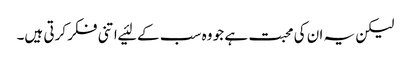
لیکن یہ ان کی محبت ہے جو وہ سب کے لئیے اتنی فکر کرتی ہیں۔